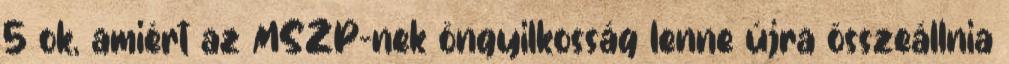
5 ok, amiért az MSZP-nek öngyilkosság lenne újra összeállnia